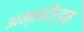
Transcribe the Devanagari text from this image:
अम्सटैर्डम